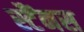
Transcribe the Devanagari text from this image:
स्टैंनस